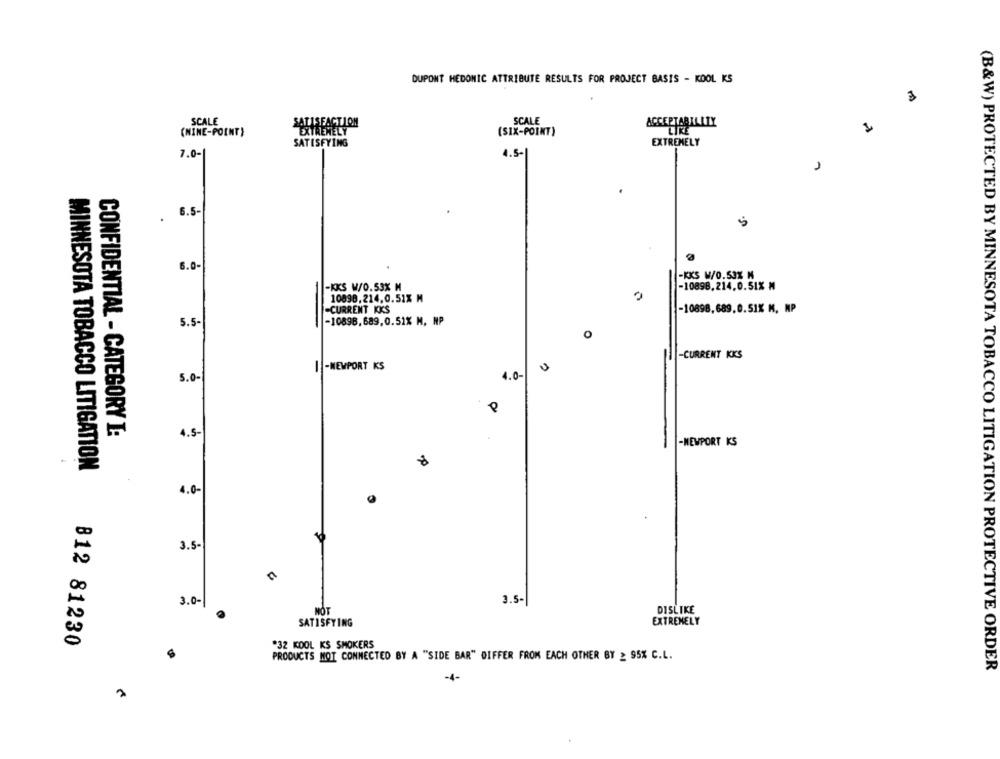
DUPONT HEDOMIC ATTRIBUTE RESULTS FOR PROJECT BASIS - KOOL KS
3
SCALE
SCALE
SATISFACTION
ACCEPTAR
(NINE-POINT)
(SIX-POINT)
SATISFYING
EXTREMELY
7.0-
4.5-
6.5-
.
5
6.0
-KKS W/0.53% M
-KKS W/0.53% M
-10898,214.0.51% ₦
-
10898.214.0.51% M
-CURRENT KKS
-10898,689.0.51% M, NP
5.5-
-10896,689,0.51% M, NP
O
-CURRENT KKS
1 -NEWPORT KS
5.0-
4.0-
4.5-
CONFIDENTIAL - CATEGORY I:
-
-NEWPORT KS
MINNESOTA TOBACCO LITIGATION
4.0-
3.5
3.5-
3.0-
MOT
DISLIKE
SATISFYING
EXTREMELY
812 81230
232 KOOL KS SMOKERS
PRODUCTS NOT CONNECTED BY A "SIDE BAR" DIFFER FROM EACH OTHER BY ≥ 95% C.L.
(B&W) PROTECTED BY MINNESOTA TOBACCO LITIGATION PROTECTIVE ORDER
-4-